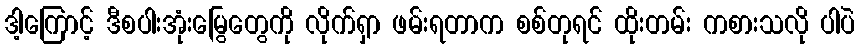
ဒါ့ကြောင့် ဒီစပါးအုံးမြွေတွေကို လိုက်ရှာ ဖမ်းရတာက စစ်တုရင် ထိုးတမ်း ကစားသလို ပါပဲ